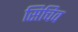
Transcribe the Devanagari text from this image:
सिचिव